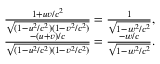
\begin{array} { r } { \frac { 1 + u v / c ^ { 2 } } { \sqrt { ( 1 - u ^ { 2 } / c ^ { 2 } ) ( 1 - v ^ { 2 } / c ^ { 2 } ) } } = \frac { 1 } { \sqrt { 1 - w ^ { 2 } / c ^ { 2 } } } , } \\ { \frac { - ( u + v ) / c } { \sqrt { ( 1 - u ^ { 2 } / c ^ { 2 } ) ( 1 - v ^ { 2 } / c ^ { 2 } ) } } = \frac { - w / c } { \sqrt { 1 - w ^ { 2 } / c ^ { 2 } } } . } \end{array}